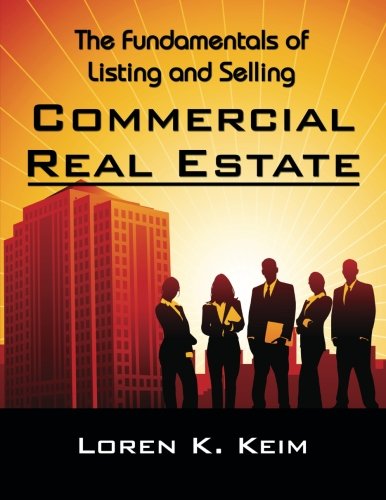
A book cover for The Fundamentals of Listing and Selling Commercial Real Estate; Keim K. Loren; Business & Money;